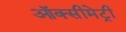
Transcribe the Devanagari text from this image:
ऑक्सीमेट्री